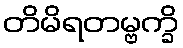
တိမိရတမ္ဗက္ခိ